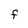
Character: F